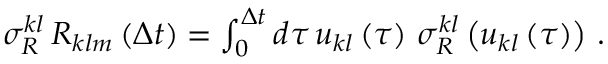
\begin{array} { r } { \sigma _ { R } ^ { k l } \, { \cal R } _ { k l m } \left( \Delta t \right) = \int _ { 0 } ^ { \Delta t } d \tau \, u _ { k l } \left( \tau \right) \, \sigma _ { R } ^ { k l } \left( u _ { k l } \left( \tau \right) \right) \, . } \end{array}